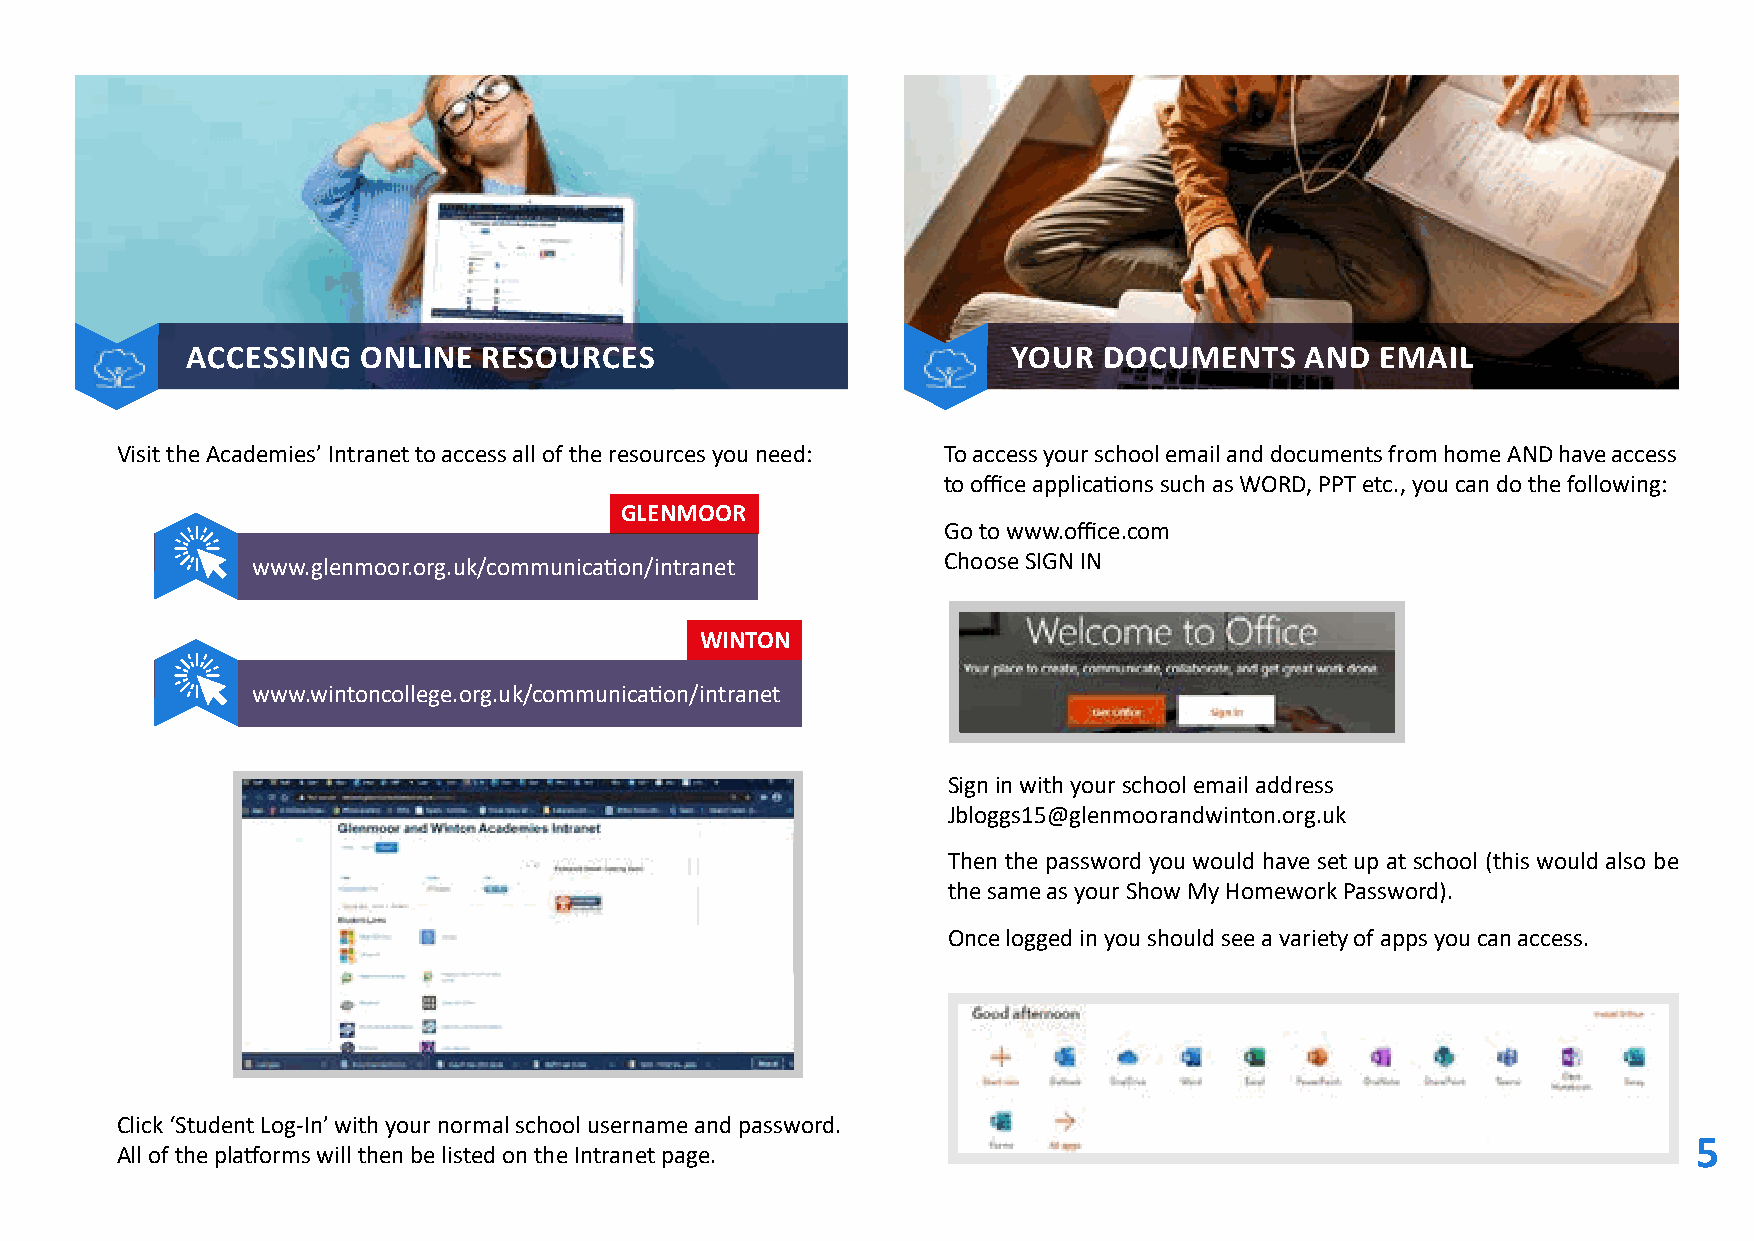
ACCESSING   ONLINE  RESOURCES                          YOUR  DOCUMENTS    AND  EMAIL
 Visit the Academies’ Intranet to access all of the resources you need: To access your school email and documents from home AND have access
 to office applications such as WORD, PPT etc., you can do the following:
 GLENMOOR
 Go to www.office.com
 Choose SIGN IN
 www.glenmoor.org.uk/communication/intranet
 WINTON
 www.wintoncollege.org.uk/communication/intranet
 Sign in with your school email address
 Jbloggs15@glenmoorandwinton.org.uk
 Then the password you would have set up at school (this would also be
 the same as your Show My Homework Password).
 Once logged in you should see a variety of apps you can access.
 Click ‘Student Log-In’ with your normal school username and password.
 5
 All of the platforms will then be listed on the Intranet page.